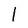
Character: l